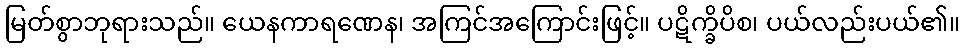
မြတ်စွာဘုရားသည်။ ယေနကာရဏေန၊ အကြင်အကြောင်းဖြင့်။ ပဋိက္ခိပိစ၊ ပယ်လည်းပယ်၏။